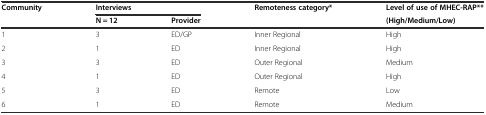
<table><thead><tr><td><b>Community</b></td><td colspan="2"><b>Interviews</b></td><td><b>Remoteness category*</b></td><td><b>Level of use of MHEC-RAP**</b></td></tr><tr><td></td><td><b>N = 12</b></td><td><b>Provider</b></td><td></td><td><b>(High/Medium/Low)</b></td></tr></thead><tbody><tr><td>1</td><td>3</td><td>ED/GP</td><td>Inner Regional</td><td>High</td></tr><tr><td>2</td><td>1</td><td>ED</td><td>Inner Regional</td><td>High</td></tr><tr><td>3</td><td>3</td><td>ED</td><td>Outer Regional</td><td>Medium</td></tr><tr><td>4</td><td>1</td><td>ED</td><td>Outer Regional</td><td>High</td></tr><tr><td>5</td><td>3</td><td>ED</td><td>Remote</td><td>Low</td></tr><tr><td>6</td><td>1</td><td>ED</td><td>Remote</td><td>Medium</td></tr></tbody></table>